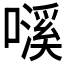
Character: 𱕁